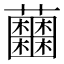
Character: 𧅲